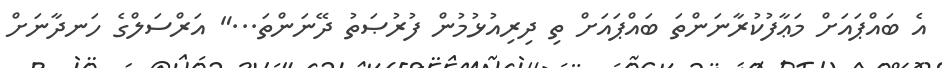
އެ ބައްޕައަށް މަޢާފުކުރާނަންތަ ބައްޕައަށް ތި ދިރިއުޅުމުން ފުރުޞަތު ދޭނަންތަ..." އަރްސަލްގެ ހަނދާނަށް